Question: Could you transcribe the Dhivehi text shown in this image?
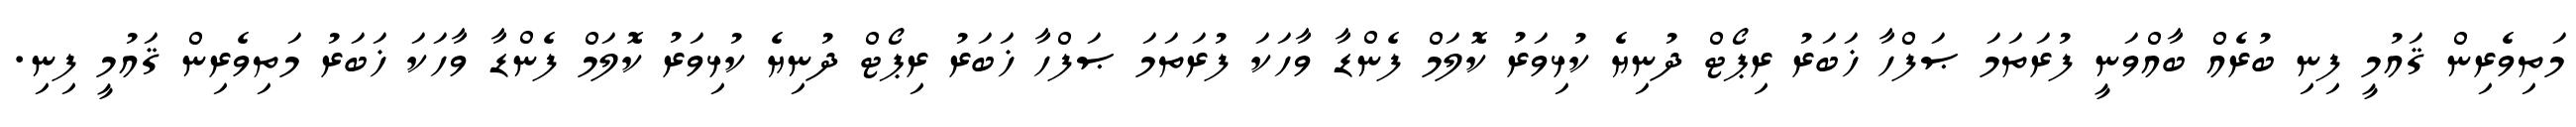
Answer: މަތިވެރިން ޤައުމީ ފިނި ބުރެއް ބާއްވަނީ ފުރަތަމަ ޞަފްހާ ޚަބަރު ރިޕޯޓް ދުނިޔެ ކުޅިވަރު ކޮލަމް ފެންޑާ ވާހަކަ ފުރަތަމަ ޞަފްހާ ޚަބަރު ރިޕޯޓް ދުނިޔެ ކުޅިވަރު ކޮލަމް ފެންޑާ ވާހަކަ ޚަބަރު މަތިވެރިން ޤައުމީ ފިނި.